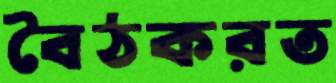
বৈঠকরত